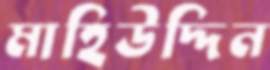
মাহিউদ্দিন